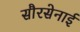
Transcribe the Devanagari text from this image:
सौरसेनाई